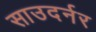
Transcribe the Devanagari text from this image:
साउदर्नर